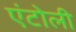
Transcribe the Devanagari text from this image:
एंटोली